Scottish Leaving Certificate Examination, 1957
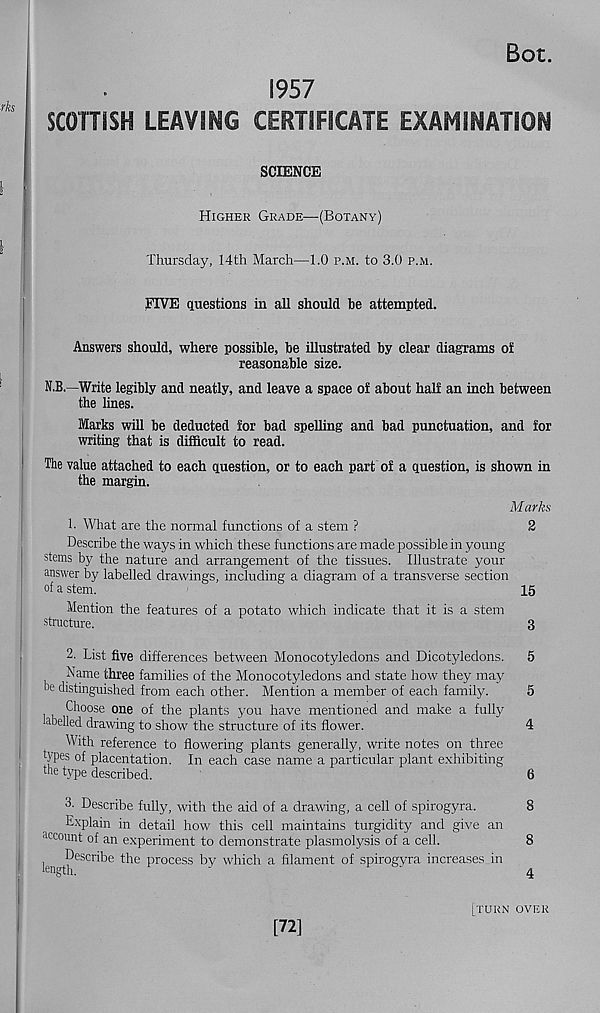
Bot.
1957
SCOTTISH LEAVING CERTIFICATE EXAMINATION
SCIENCE
Higher Grade—'(Botany)
Thursday, 14th March—1.0 p.m. to 3.0 p.m.
FIVE questions in all should he attempted.
Answers should, where possible, be illustrated by clear diagrams of
reasonable size.
N.B.—Write legibly and neatly, and leave a space of about half an inch between
the lines.
Marks will be deducted for bad spelling and bad punctuation, and for
writing that is difficult to read.
The value attached to each question, or to each part of a question, is shown in
the margin.
Marks
1. What are the normal functions of a stem ?
2
Describe the ways in which these functions are made possible in young
stems by the nature and arrangement of the tissues. Illustrate your
answer by labelled drawings, including a diagram of a transverse section
of a stem.
15
Mention the features of a potato which indicate that it is a stem
structure.
3
2. List five differences between Monocotyledons and Dicotyledons. 5
Name three families of the Monocotyledons and state how they may
oe distinguished from each other. Mention a member of each family.
5
Choose one of the plants you have mentioned and make a fully
labelled drawing to show the structure of its flower.
4
With reference to flowering plants generally, write notes on three
|yp es of placentation. In each case name a particular plant exhibiting
the type described.
6
3. Describe fully, with the aid of a drawing, a cell of spirogyra.
8
Explain in detail how this cell maintains turgidity and give an
account of an experiment to demonstrate plasmolysis of a cell.
8
len t^e
Scr^:ie
process by which a filament of spirogyra increases in
[turn over
[72]